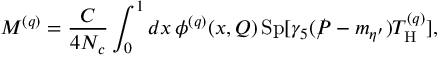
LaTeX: { \cal M } ^ { ( q ) } = \frac { C } { 4 N _ { c } } \int _ { 0 } ^ { 1 } d x \, \phi ^ { ( q ) } ( x , Q ) \, \mathrm { S p } [ \gamma _ { 5 } ( \rlap / P - m _ { \eta ^ { \prime } } ) T _ { \mathrm { H } } ^ { ( q ) } ] ,